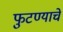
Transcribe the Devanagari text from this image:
फुटण्याचे